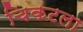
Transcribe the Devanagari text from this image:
चिकटला